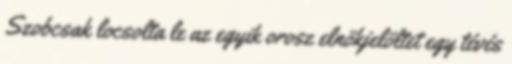
Szobcsak locsolta le az egyik orosz elnökjelöltet egy tévés